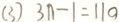
( 3 ) 3 n - 1 = 1 1 0